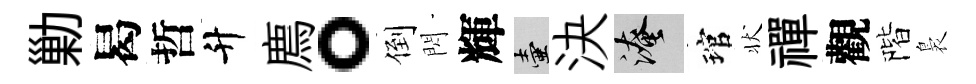
勦曷哲升廌。倒閃輝壺決淹琯状禪觀階裊